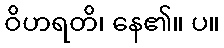
ဝိဟရတိ၊ နေ၏။ ပ။